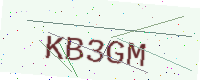
Text: KB3GM